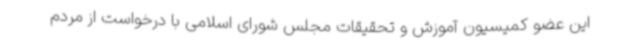
این عضو کمیسیون آموزش و تحقیقات مجلس شورای اسلامی با درخواست از مردم